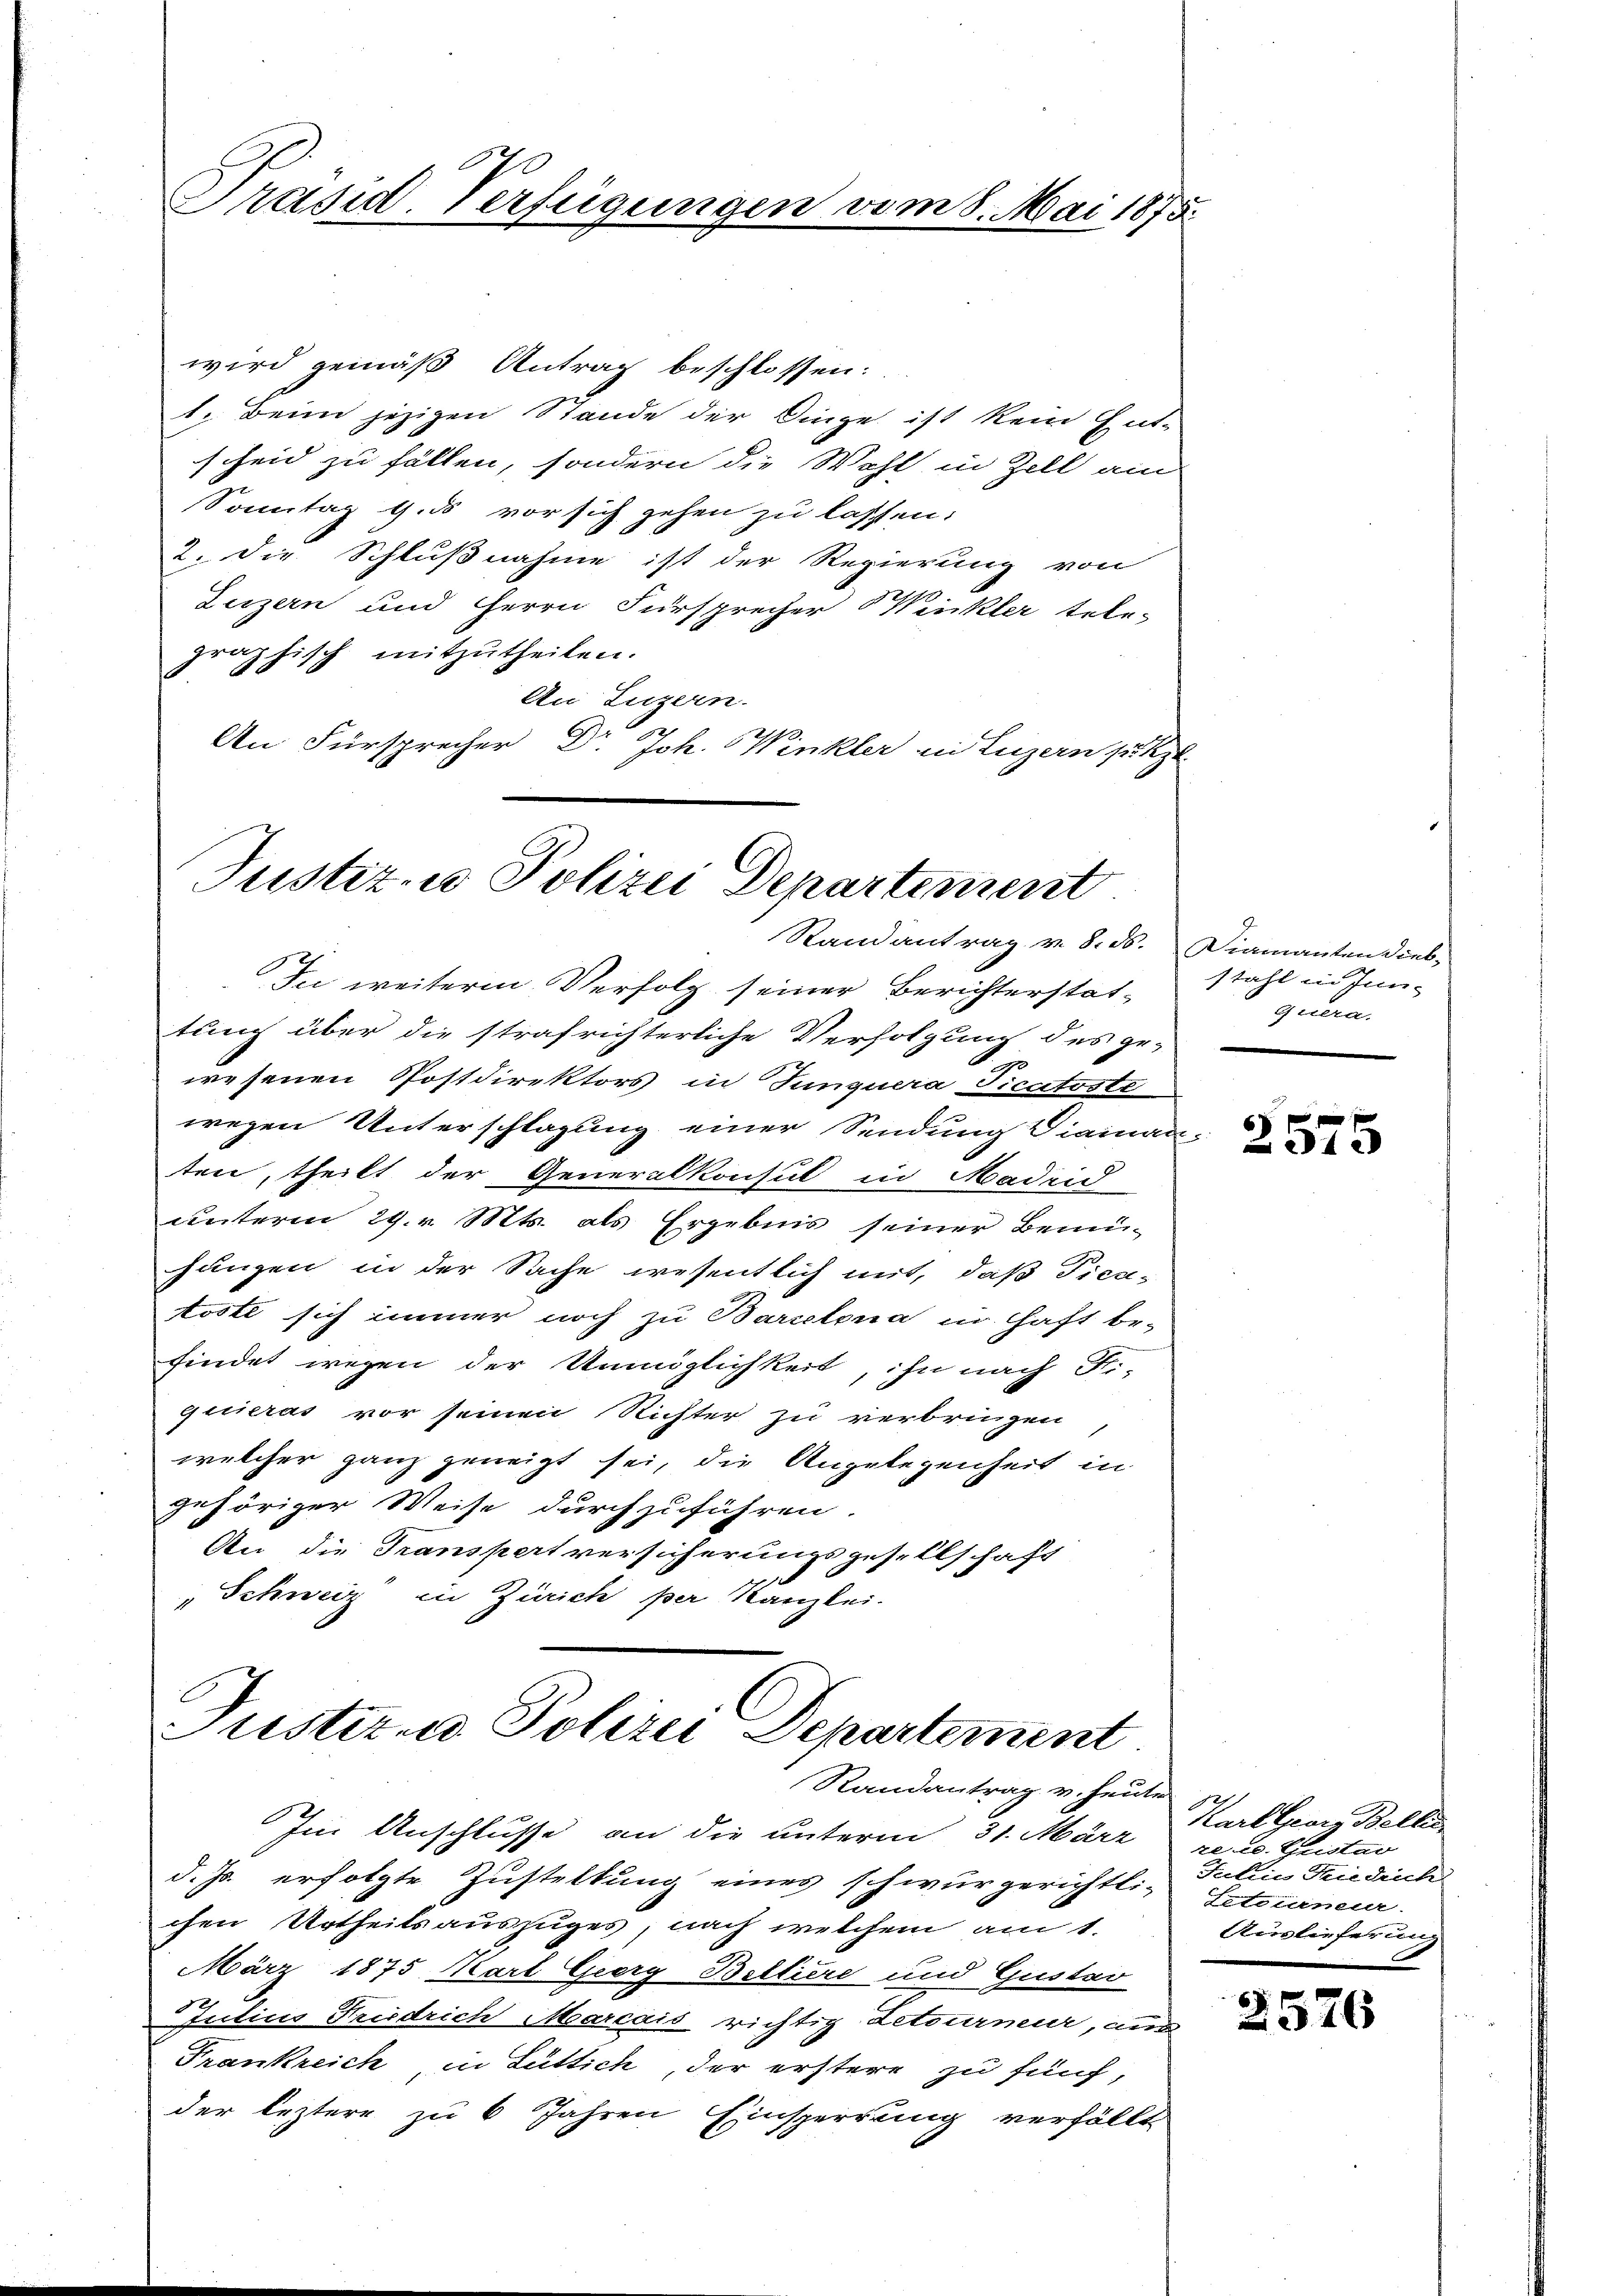
wird gemäß Antrag beschlossen:
1. Beim jezigen Stande der Dinge ist kein Ent-
scheid zu fällen, sondern die Wahl in Zell am
Sonntag 4.5 vor sich gehen zu lassen:
2. die Schlußnahme ist der Regierung von
Luzern und Herrn Fürsprecher Winkler tele-
graphisch mitzutheilen.
An Luzern.
An Fürsprecher Dr. Joh. Winkler in Luzern setzt

Präsid. Verfügungen vom 8. Mai 1875.

Justiz- u Polizei Departement
Randantrag v. 8. ds. Diamanten Dieb-

In weitere Verfolg seiner Berichterstattung über die strafrichterliche Verfolgung des ge-
wesenen Postdirektors in Junguera Ficatoste
wegen Unterschlagung einer Sendung Diainan¬
2
ten, theilt der Generalkonsul in Madrid
unterm 29. v. Mts. als Ergebnis seiner Bemüängen in der Sache wesentlich mit, daß Fier-
töste sich immer noch zu Barcelona in Haft be-
findet wegen der Unmöglichkeit, ihn nach S.
quieras vor seinen Richter zu verbringen
welcher ganz geneigt sei, die Angelegenheit in
gehöriger Weise durchzuführen
An die Transpert versicherungsgesellschaft
"Schweiz in Zürich per Kanzlei.

Justiz- u. Polizei Departement.
Randantrag v. heute

Im Anschlusse an die unterm 31. März
d. Js. erfolgte Zustellung eines schwurgerichtli-
chen Urtheilsauszuges, nach welchem am 1.
März 1875 Karl Gierg Belliere und Gustav
Julius Friedrich Marcais richtig Letourneur, aus
Frankreich in Lüttich, der erstere zu fünf,
der leztere zu 6 Jahren Einsperrung verfällt

stahl in Inn-
Geiera,

V
2575

Karl Georg Belli
re u. Quistav
Julii Heidlich
Leterneur
Auslieferung

2576